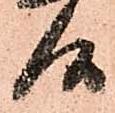
候